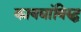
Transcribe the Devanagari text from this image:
कायद्यांविरुद्ध